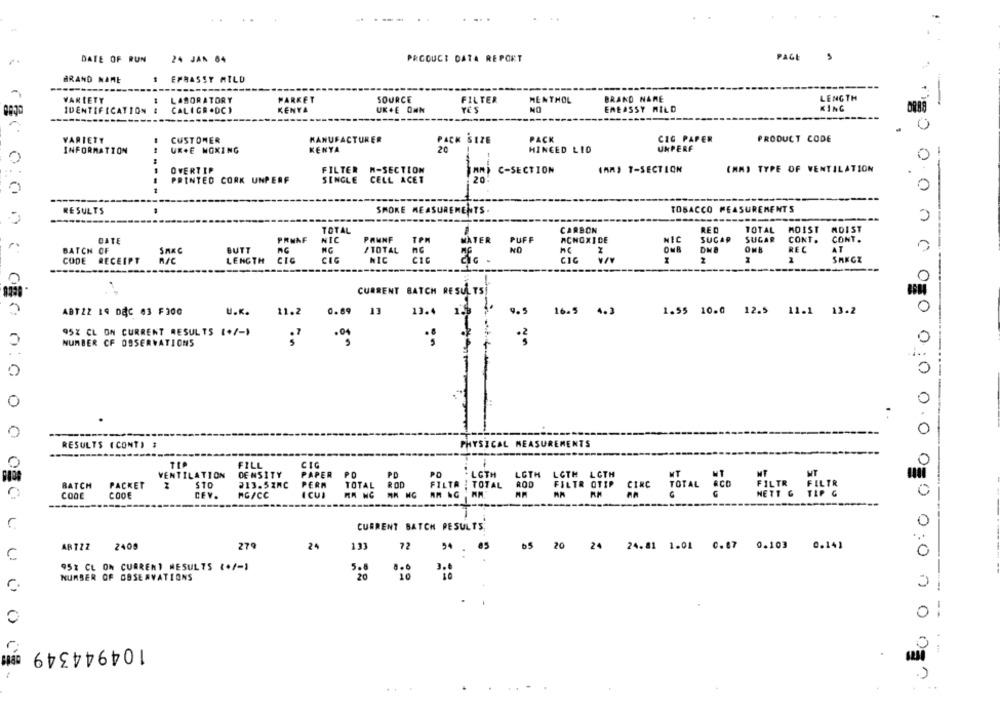
PROOUCI DATA REPORT
PAGE
DATE OF RUN
24 JAN 64
BRAND NAME
1 EPRASSY MILD
VARIETY
LABORATORY
PARKET
SOURCE
FILTER
MENTHOL
BRAND NAME
LENGTH
NO
ENEASSY MILD
KING
IDENTIFICATION 1
CALIGR .DCI
KENYA
UK+E ONN
YES
VARIETY
CUSTOMER
MANUFACTURER
PACK SIZE
PACK
CIG PAPER
PRODUCT CODE
INFORMATION
UR.E NOXING
KENYA
HINGED LIO
UNPERF
OVERTIP
FILTER
M-SECTION
C-SECTION
(AR) T-SECTION
(MM) TYPE OF VENTILATION
PRINTED CORK UNPERF
SINGLE CELL ACET
TOBACCO MEASUREMENTS
RESULTS
SMOKE MEASUREMENTS .
TOTAL
CARBON
RED
TOTAL
MOIST
MDIST
DATE
PRNAF
PAMNF
TPM
MATER
PUFF
MONOXIDE
SUCAP
SUGAR
CONT.
CONT.
BATCH OF
BUTT
NG
/ TOTAL
OMB
REC
AT
ONB
CODE
RECEIPT
LENGTH
CIG
CIG
NIC
CIG
CIC
CURRENT BATCH RESULTS
ABTZZ IS DEC 63 F300
U.K.
11.2
0.69
1]
13.4
9.5
16.5 4.3
1.55 10.0 12.5 11.1 13.2
ORO
95% CL ON CURRENT RESULTS (+/-)
NUMBER CF OSSERVATIONS
.04
14
0:
PHYSICAL MEASUREMENTS
RESULTS (CONT) #
FILL
CIG
LOTH
VENTILATION
DENSITY
PAPER PD
PO
. LGTH
LOTH
LOTH
BATCH
PACKET
213.5ZAC
PERM
FILTA : TOTAL
ROD
FILTR OTIP
CINC
CODE
CEV
MG/CC
ICUI
TOTAL ACD
G
FILTR FILTR
0.0 0 0
COOL
CURRENT BATCH PESULTS
ABTZZ
2400
279
24
133
72
54
65 20 24 24.81 1.01 0.87 0.103 0.141
. .
0:0
95% CL ON CURRENT MESULTS (+/-1
5.8
NUMBER OF OBSERVATIONS
20
-
0
104944349